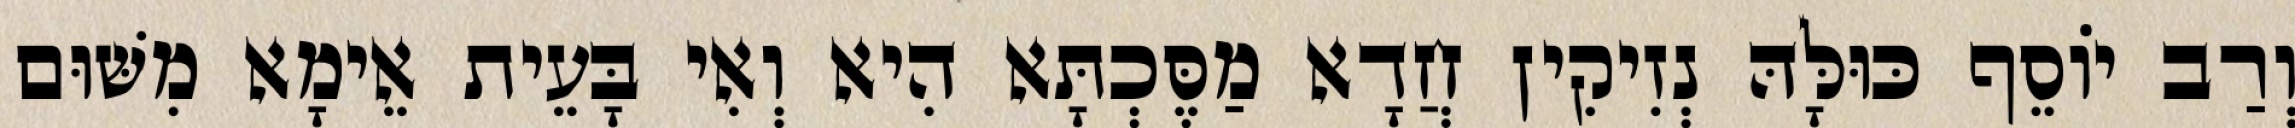
וְרַב יוֹסֵף כּוּלָּהּ נְזִיקִין חֲדָא מַסֶּכְתָּא הִיא וְאִי בָּעֵית אֵימָא מִשּׁוּם